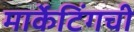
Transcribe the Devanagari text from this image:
मार्केटिंगची